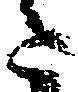
た